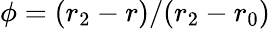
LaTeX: \phi=(r_{2}-r)/(r_{2}-r_{0})